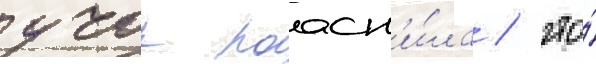
учок поасн'и́ла / что́